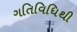
ગતિવિધિથી